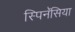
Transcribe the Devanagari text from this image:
स्पिनॅसिया